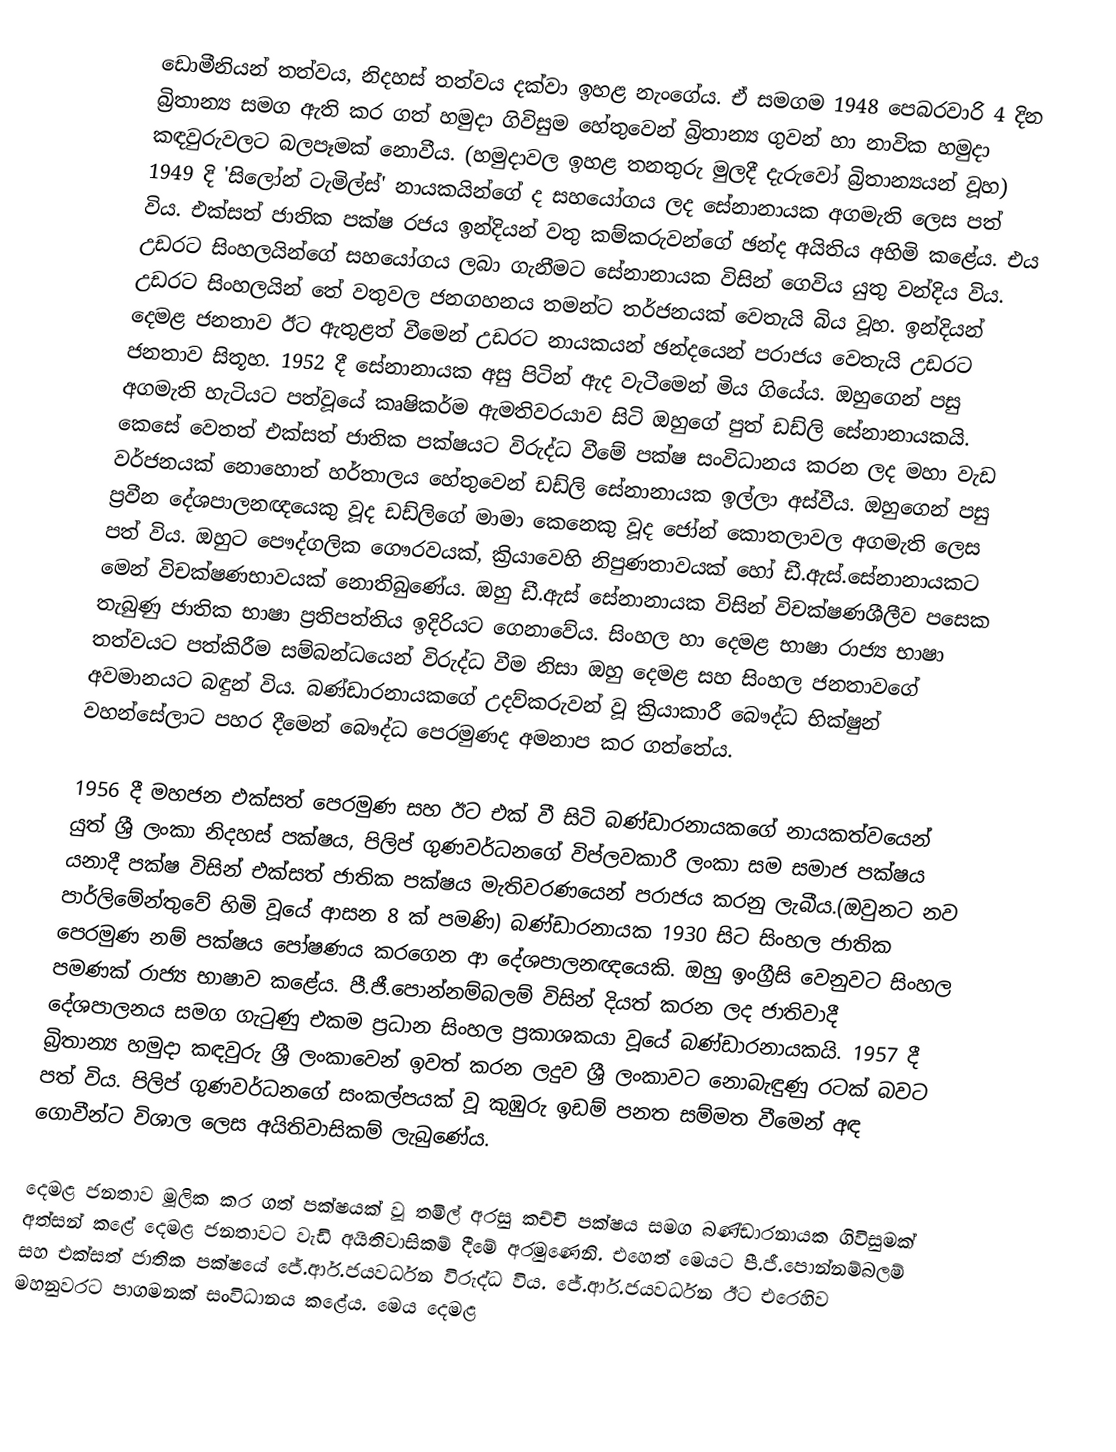
ඩොමීනියන් තත්වය, නිදහස් තත්වය දක්වා  ඉහළ නැංගේය. ඒ සමගම 1948 පෙබරවාරි 4 දින බ්‍රිතාන්‍ය සමග ඇති කර ගත් හමුදා ගිවිසුම හේතුවෙන් බ්‍රිතාන්‍ය ගුවන් හා නාවික හමුදා කඳවුරුවලට බලපෑමක් නොවීය. (හමුදාවල ඉහළ තනතුරු මුලදී දැරුවෝ බ්‍රිතාන්‍යයන් වූහ) 1949 දි 'සිලෝන් ටැමිල්ස්' නායකයින්ගේ ද සහයෝගය ලද සේනානායක අගමැති ලෙස පත් විය. එක්සත් ජාතික පක්ෂ රජය ඉන්දියන් වතු කම්කරුවන්ගේ ඡන්ද අයිතිය අහිමි කළේය. එය උඩරට සිංහලයින්ගේ සහයෝගය ලබා ගැනීමට සේනානායක විසින් ගෙවිය යුතු වන්දිය විය. උඩරට සිංහලයින් තේ වතුවල ජනගහනය තමන්ට තර්ජනයක් වෙතැයි බිය වූහ. ඉන්දියන් දෙමළ ජනතාව ඊට ඇතුළත් වීමෙන් උඩරට නායකයන් ඡන්දයෙන් පරාජය වෙතැයි උඩරට ජනතාව සිතූහ. 1952 දී සේනානායක අසු පිටින් ඇද වැටීමෙන් මිය ගියේය. ඔහුගෙන් පසු අගමැති හැටියට පත්වූයේ කෘෂිකර්ම ඇමතිවරයාව සිටි ඔහුගේ පුත් ඩඩ්ලි සේනානායකයි. කෙසේ වෙතත් එක්සත් ජාතික පක්ෂයට විරුද්ධ වීමේ පක්ෂ සංවිධානය කරන ලද මහා වැඩ වර්ජනයක් නොහොත් හර්තාලය හේතුවෙන් ඩඩ්ලි සේනානායක ඉල්ලා අස්වීය. ඔහුගෙන් පසු ප්‍රවීන දේශපාලනඥයෙකු වූද ඩඩ්ලිගේ මාමා කෙනෙකු වූද ජෝන් කොතලාවල අගමැති ලෙස පත් විය. ඔහුට පෞද්ගලික ගෞරවයක්, ක්‍රියාවෙහි නිපුණතාවයක් හෝ ඩී.ඇස්.සේනානායකට මෙන් විචක්ෂණභාවයක් නොතිබුණේය. ඔහු ඩී.ඇස් සේනානායක විසින් විචක්ෂණශීලීව පසෙක තැබුණු ජාතික භාෂා ප්‍රතිපත්තිය ඉදිරියට ගෙනාවේය.  සිංහල හා දෙමළ භාෂා රාජ්‍ය භාෂා තත්වයට පත්කිරීම සම්බන්ධයෙන් විරුද්ධ වීම නිසා ඔහු දෙමළ සහ සිංහල ජනතාවගේ අවමානයට බඳුන් විය. බණ්ඩාරනායකගේ උදව්කරුවන් වූ ක්‍රියාකාරී බෞද්ධ භික්ෂුන් වහන්සේලාට පහර දීමෙන් බෞද්ධ පෙරමුණද අමනාප කර ගත්තේය.

1956 දී මහජන එක්සත් පෙරමුණ සහ ඊට එක් වී සිටි බණ්ඩාරනායකගේ නායකත්වයෙන් යුත් ශ්‍රී ලංකා නිදහස් පක්ෂය, පිලිප් ගුණවර්ධනගේ විප්ලවකාරී ලංකා සම සමාජ පක්ෂය යනාදී පක්ෂ විසින් එක්සත් ජාතික පක්ෂය මැතිවරණයෙන් පරාජය කරනු ලැබීය.(ඔවුනට නව පාර්ලිමේන්තුවේ හිමි වූයේ ආසන 8 ක් පමණි) බණ්ඩාරනායක 1930 සිට සිංහල ජාතික පෙරමුණ නම් පක්ෂය පෝෂණය කරගෙන ආ දේශපාලනඥයෙකි. ඔහු ඉංග්‍රීසි වෙනුවට සිංහල පමණක් රාජ්‍ය භාෂාව කළේය. පී.ජී.පොන්නම්බලම් විසින් දියත් කරන ලද ජාතිවාදී දේශපාලනය සමග ගැටුණු එකම ප්‍රධාන සිංහල ප්‍රකාශකයා වූයේ බණ්ඩාරනායකයි. 1957 දී බ්‍රිතාන්‍ය හමුදා කඳවුරු ශ්‍රී ලංකාවෙන් ඉවත් කරන ලදුව ශ්‍රී ලංකාවට නොබැඳුණු රටක් බවට පත් විය. පිලිප් ගුණවර්ධනගේ සංකල්පයක් වූ කුඹුරු ඉඩම් පනත සම්මත වීමෙන් අඳ ගොවීන්ට විශාල ලෙස අයිතිවාසිකම් ලැබුණේය.

දෙමළ ජනතාව මූලික කර ගත් පක්ෂයක් වූ තමිල් අරසු කච්චි පක්ෂය සමග බණ්ඩාරනායක ගිවිසුමක් අත්සන් කළේ දෙමළ ජනතාවට වැඩි අයිතිවාසිකම් දීමේ අරමුණෙනි. එහෙත් මෙයට පී.ජී.පොන්නම්බලම් සහ එක්සත් ජාතික පක්ෂයේ ජේ.ආර්.ජයවර්ධන විරුද්ධ විය. ජේ.ආර්.ජයවර්ධන ඊට එරෙහිව මහනුවරට පාගමනක් සංවිධානය කළේය. මෙය දෙමළ